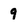
Character: 9